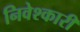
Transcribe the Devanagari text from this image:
निवेश्कारी